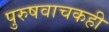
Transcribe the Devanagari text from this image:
पुरुषवाचकही